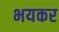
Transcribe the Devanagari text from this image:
भयकर